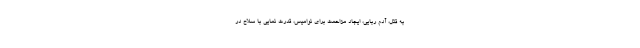
به قتل، آدم ربایی، ایجاد مزاحمت برای نوامیس، قدرت نمایی با سلاح در